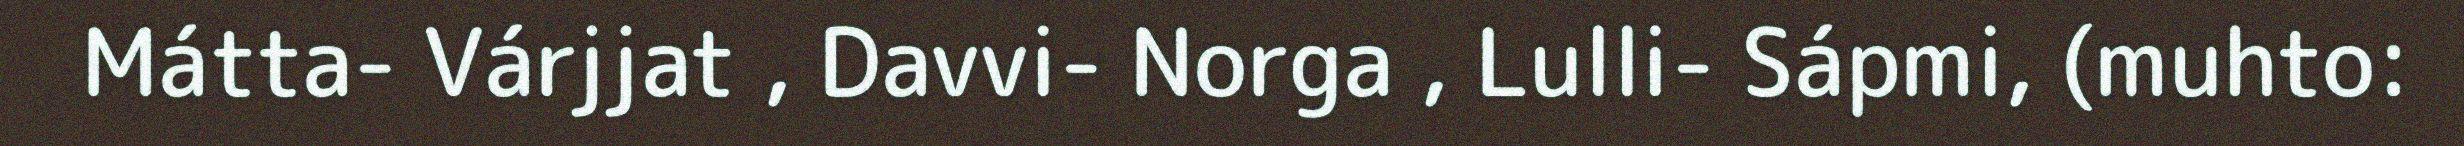
Mátta- Várjjat , Davvi- Norga , Lulli- Sápmi, (muhto: